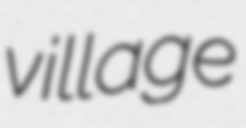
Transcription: village